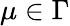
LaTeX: \mu\in\Gamma